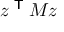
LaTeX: z ^ { \textsf { T } } M z